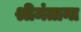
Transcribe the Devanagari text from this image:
श्रीमंताना